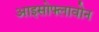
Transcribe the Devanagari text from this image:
आइसोफ्लावोन